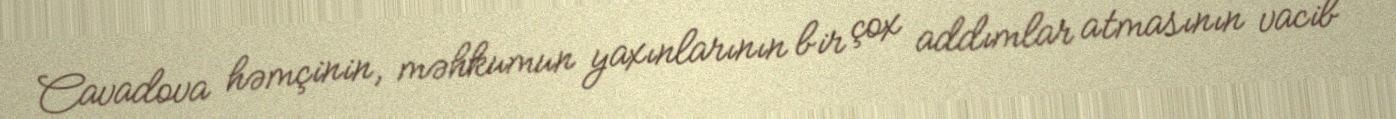
Cavadova həmçinin, məhkumun yaxınlarının bir çox addımlar atmasının vacib